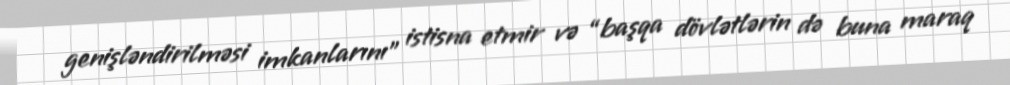
genişləndirilməsi imkanlarını” istisna etmir və “başqa dövlətlərin də buna maraq